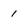
Character: 1